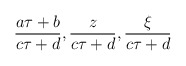
\begin{align*}\frac{a\tau+b}{c\tau+d},\frac{z}{c\tau+d},\frac{\xi}{c\tau+d}\end{align*}